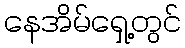
နေအိမ်ရှေ့တွင်